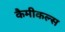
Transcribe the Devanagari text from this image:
कैमीकल्स